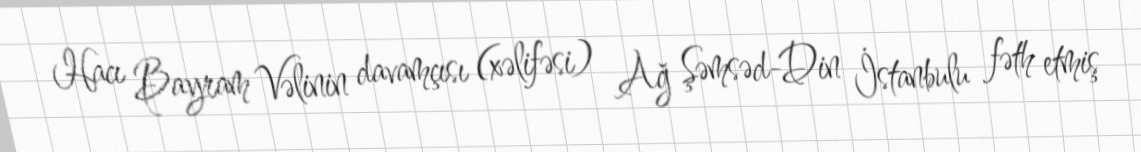
Hacı Bayram Vəlinin davamçısı (xəlifəsi) Ağ Şəmsəd-Din İstanbulu fəth etmiş